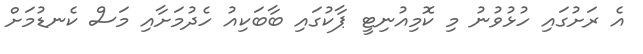
އެ ރަށުގައި ހުޅުވުނު މި ކޮމިއުނިޓީ ޕާކުގައި ބާބަކިއު ހެދުމަށާއި މަސް ކެނޑުމަށް